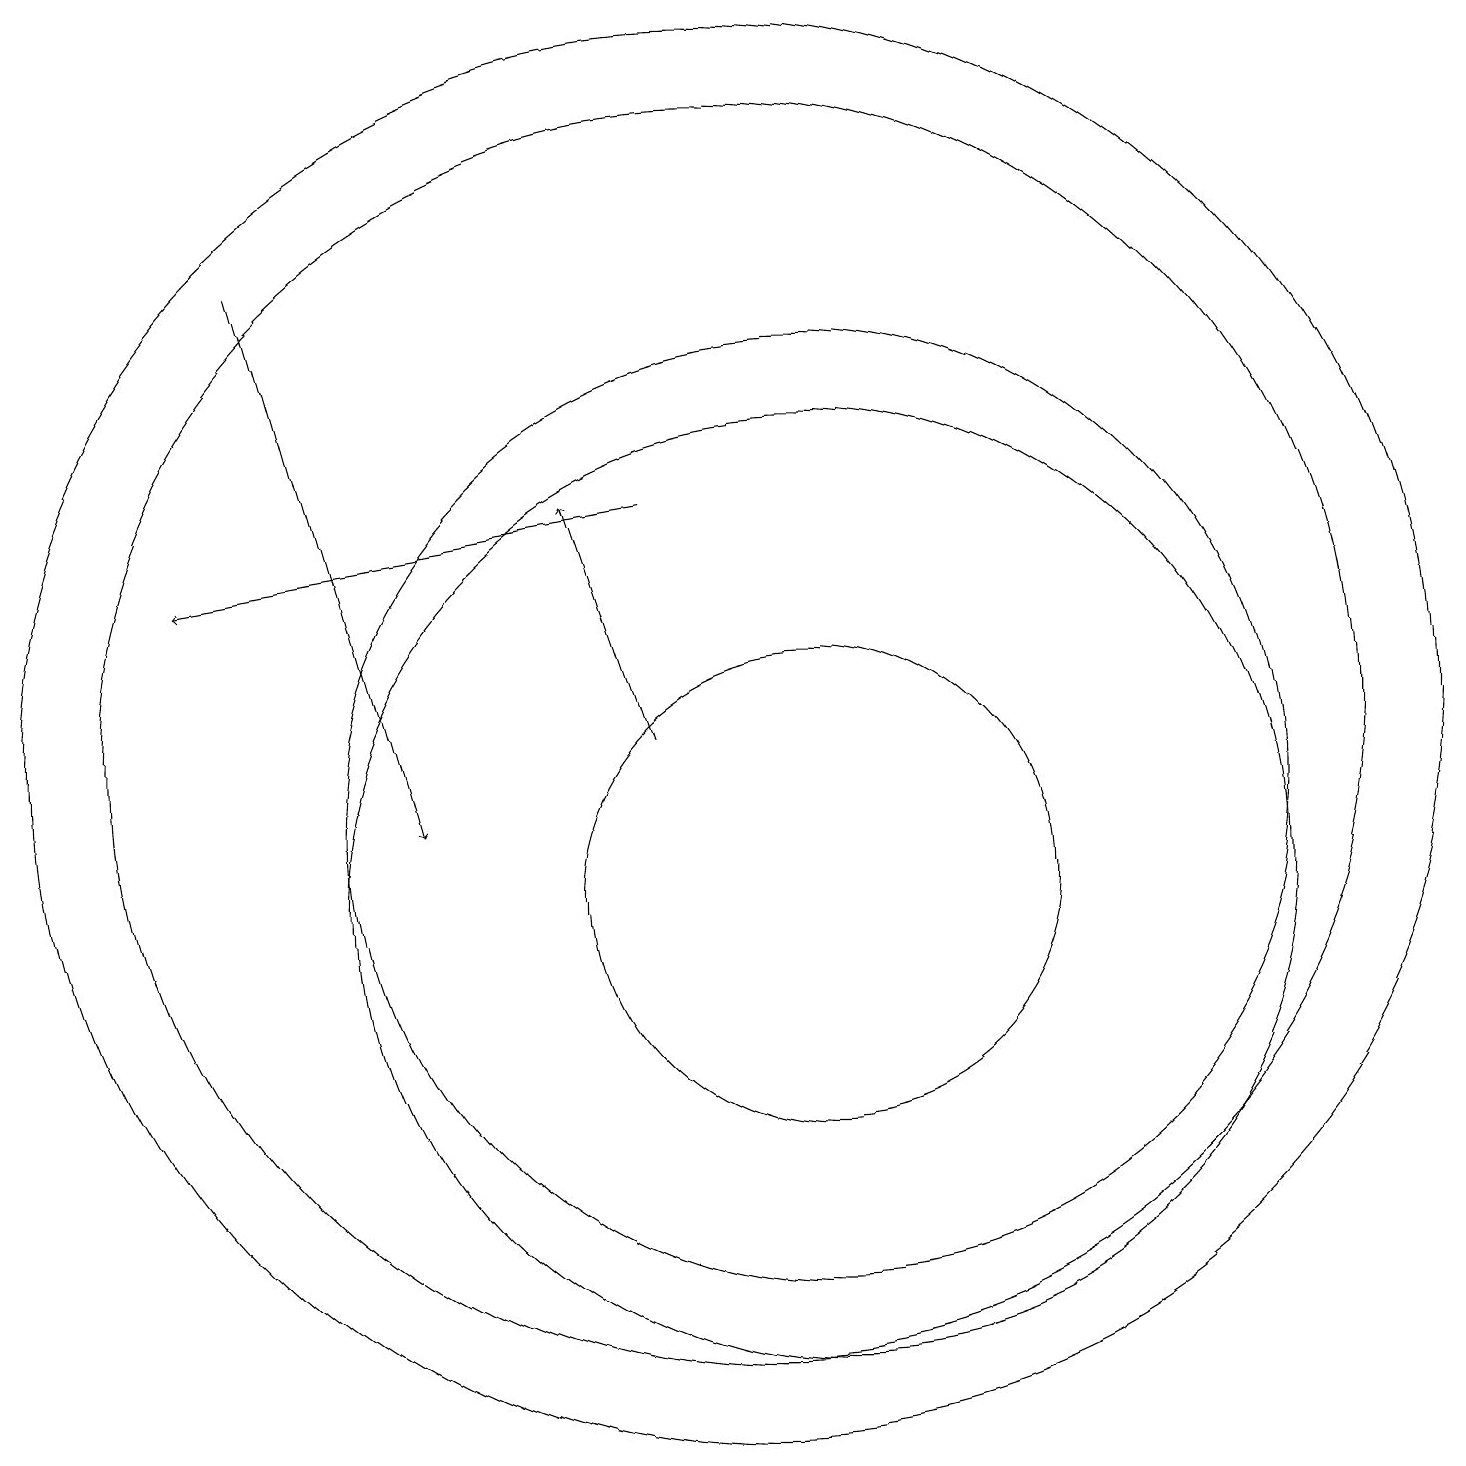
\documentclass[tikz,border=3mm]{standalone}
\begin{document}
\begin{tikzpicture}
\draw (11,10) circle (3);
\draw[->] (9,15) -- (3,14);
\draw (10,12) circle (9);
\draw[->] (4,18) -- (6,11);
\draw (10,12) circle (8);
\draw[->] (9,12) -- (8,15);
\draw (11,11) circle (6);
\draw (11,10) circle (6);
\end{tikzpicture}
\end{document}